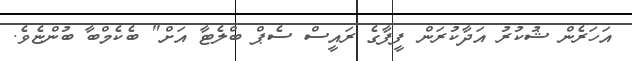
އަހަރެން ޝުކުރު އަދާކުރަން ފީފާގެ ރައީސް ސެޕް ބްލެޓާ އަށް" ބެކެމްބާ ބުންޏެވެ.